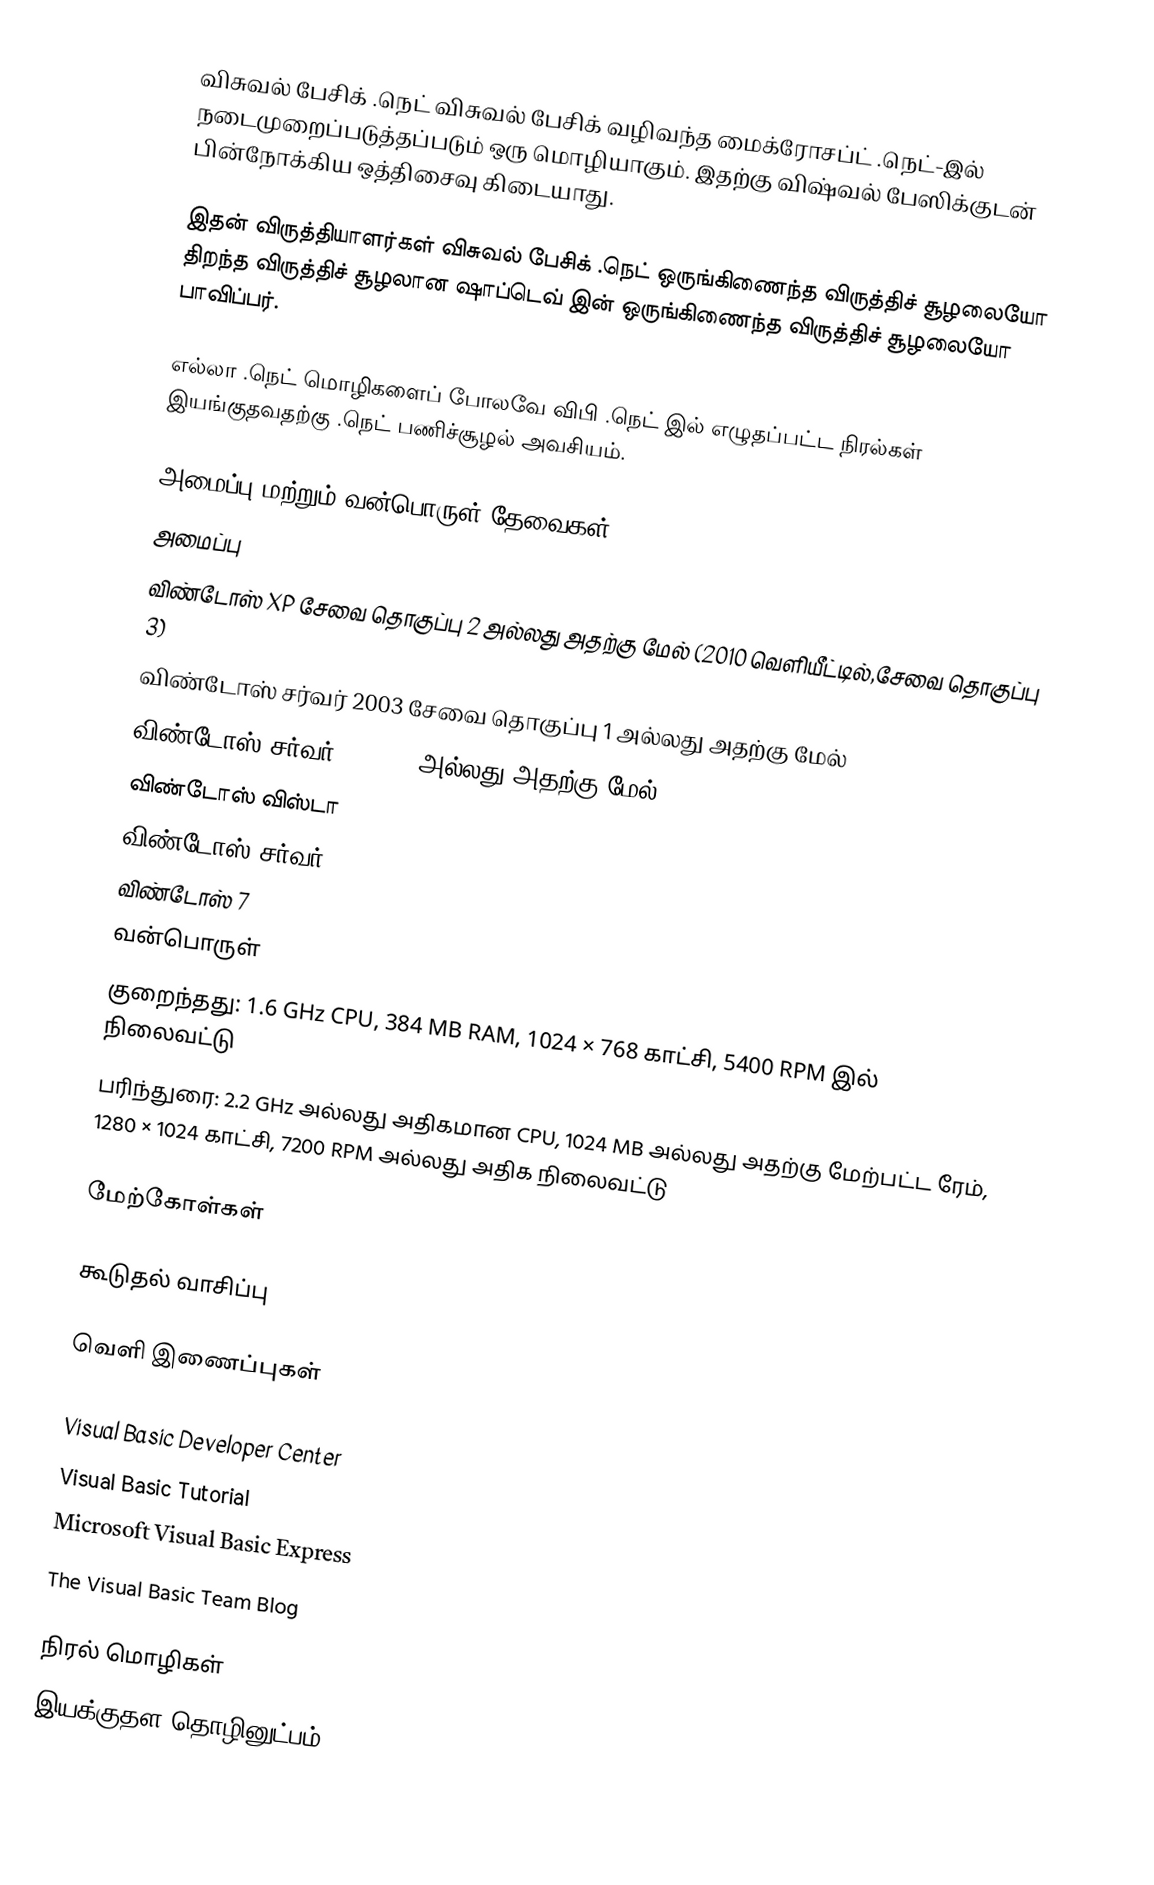
விசுவல் பேசிக் .நெட் விசுவல் பேசிக் வழிவந்த மைக்ரோசப்ட் .நெட்-இல் நடைமுறைப்படுத்தப்படும் ஒரு மொழியாகும். இதற்கு விஷ்வல் பேஸிக்குடன் பின்நோக்கிய ஒத்திசைவு கிடையாது.

இதன் விருத்தியாளர்கள் விசுவல் பேசிக் .நெட் ஒருங்கிணைந்த விருத்திச் சூழலையோ திறந்த விருத்திச் சூழலான ஷாப்டெவ் இன் ஒருங்கிணைந்த விருத்திச் சூழலையோ பாவிப்பர்.

எல்லா .நெட் மொழிகளைப் போலவே விபி .நெட் இல் எழுதப்பட்ட நிரல்கள் இயங்குதவதற்கு .நெட் பணிச்சூழல் அவசியம்.

அமைப்பு மற்றும் வன்பொருள் தேவைகள்
அமைப்பு
 விண்டோஸ் XP சேவை தொகுப்பு 2 அல்லது அதற்கு மேல் (2010 வெளியீட்டில்,சேவை தொகுப்பு 3)
 விண்டோஸ் சர்வர் 2003 சேவை தொகுப்பு 1 அல்லது அதற்கு மேல்
 விண்டோஸ் சர்வர் 2003 R2 அல்லது அதற்கு மேல்
 விண்டோஸ் விஸ்டா
 விண்டோஸ் சர்வர் 2008
 விண்டோஸ் 7
வன்பொருள்
 குறைந்தது: 1.6 GHz CPU, 384 MB RAM, 1024 × 768 காட்சி, 5400 RPM இல் நிலைவட்டு
 பரிந்துரை: 2.2 GHz அல்லது அதிகமான CPU, 1024 MB அல்லது அதற்கு மேற்பட்ட ரேம், 1280 × 1024 காட்சி, 7200 RPM அல்லது அதிக நிலைவட்டு

மேற்கோள்கள்

கூடுதல் வாசிப்பு

வெளி இணைப்புகள்

 Visual Basic Developer Center
 Visual Basic Tutorial
 Microsoft Visual Basic Express
 The Visual Basic Team Blog

நிரல் மொழிகள்
இயக்குதள தொழினுட்பம்